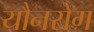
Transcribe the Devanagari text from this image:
यौनरोग